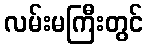
လမ်းမကြီးတွင်